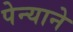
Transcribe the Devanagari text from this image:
पेन्याने